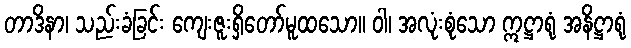
တာဒိနာ၊ သည်းခံခြင်း ကျေးဇူးရှိတော်မူထသော။ ဝါ၊ အလုံးစုံသော ဣဋ္ဌာရုံ အနိဋ္ဌာရုံ